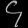
Digit: ၄